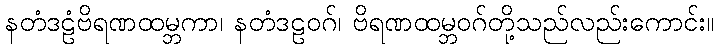
နတံဒဠံဗိရဏထမ္ဘကာ၊ နတံဒဠဝဂ်၊ ဗိရဏထမ္ဘဝဂ်တို့သည်လည်းကောင်း။